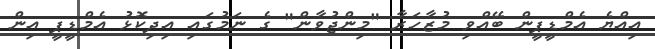
އިއްޔެ އެމްޑީޕީން ބޭއްވި މުޒާހަރާ "މިންޖުވާން" ގެ ނަމުގައި އިދިކޮޅު އެމްޑީޕީ އިން